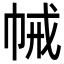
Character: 𢂵